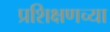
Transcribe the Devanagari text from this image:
प्रशिक्षणच्या